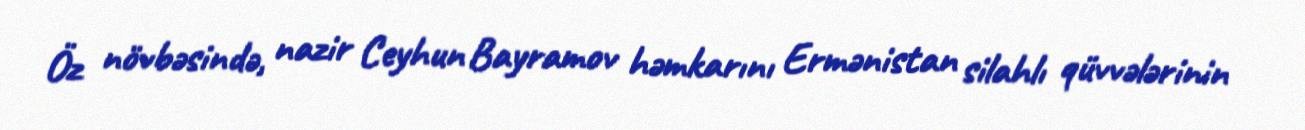
Öz növbəsində, nazir Ceyhun Bayramov həmkarını Ermənistan silahlı qüvvələrinin